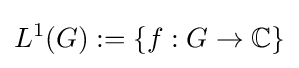
L^{1}(G):=\{f:G\to \mathbb {C} \}